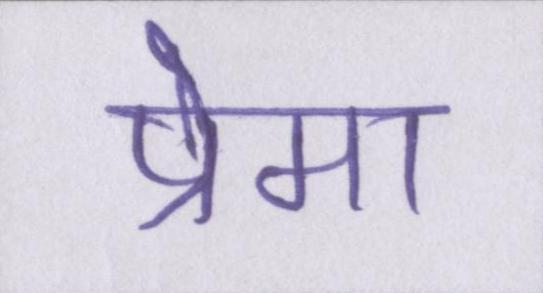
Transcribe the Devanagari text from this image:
प्रेमा